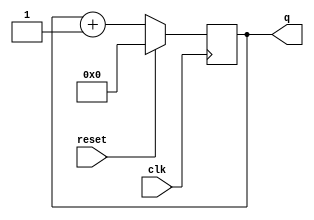
module top_module (
    input clk,
    input reset,      // Synchronous active-high reset
    output [3:0] q);
    
    always @ ( posedge clk ) begin
        if ( reset )
            q <= 0;
        else
            q = q + 1;
    end // always

endmodule